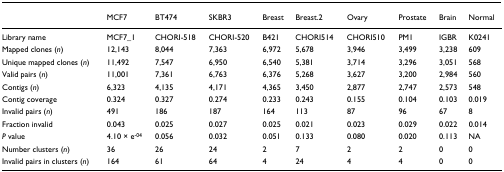
|  | MCF7 | BT474 | SKBR3 | Breast | Breast.2 | Ovary | Prostate | Brain | Normal |
 | --- | --- | --- | --- | --- | --- | --- | --- | --- | --- |
 | Library name | MCF7_1 | CHORI-518 | CHORI-520 | B421 | CHORI514 | CHORI510 | PM1 | IGBR | K0241 |
 | Mapped clones (n) | 12,143 | 8,044 | 7,363 | 6,972 | 5,678 | 3,946 | 3,499 | 3,238 | 609 |
 | Unique mapped clones (n) | 11,492 | 7,547 | 6,950 | 6,540 | 5,381 | 3,714 | 3,296 | 3,051 | 568 |
 | Valid pairs (n) | 11,001 | 7,361 | 6,763 | 6,376 | 5,268 | 3,627 | 3,200 | 2,984 | 560 |
 | Contigs (n) | 6,323 | 4,135 | 4,171 | 4,365 | 3,450 | 2,877 | 2,747 | 2,573 | 548 |
 | Contig coverage | 0.324 | 0.327 | 0.274 | 0.233 | 0.243 | 0.155 | 0.104 | 0.103 | 0.019 |
 | Invalid pairs (n) | 491 | 186 | 187 | 164 | 113 | 87 | 96 | 67 | 8 |
 | Fraction invalid | 0.043 | 0.025 | 0.027 | 0.025 | 0.021 | 0.023 | 0.029 | 0.022 | 0.014 |
 | P value | 4.10 × e-04 | 0.056 | 0.032 | 0.051 | 0.133 | 0.080 | 0.020 | 0.113 | NA |
 | Number clusters (n) | 36 | 26 | 24 | 2 | 7 | 2 | 2 | 0 | 0 |
 | Invalid pairs in clusters (n) | 164 | 61 | 64 | 4 | 24 | 4 | 4 | 0 | 0 |